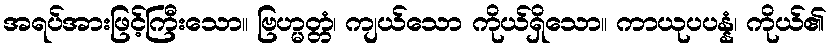
အရပ်အားဖြင့်ကြီးသော။ ဗြဟ္မတ္တံ၊ ကျယ်သော ကိုယ်ရှိသော။ ကာယုပပန္နံ၊ ကိုယ်၏